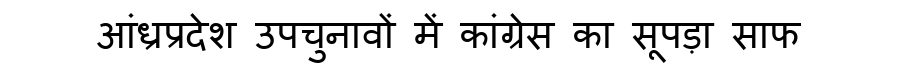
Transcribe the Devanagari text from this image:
आंध्रप्रदेश उपचुनावों में कांग्रेस का सूपड़ा साफ